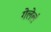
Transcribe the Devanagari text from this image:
गेलेलं